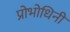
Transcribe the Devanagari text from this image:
प्रोभोधिनी